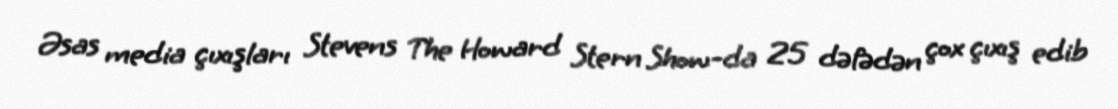
Əsas media çıxışları Stevens The Howard Stern Show-da 25 dəfədən çox çıxış edib